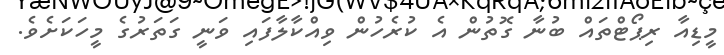
މީޑިއާ ރިޕޯޓްތައް ބުނާ ގޮތުން އެ ކުރެހުން ވިއްކާލާފައި ވަނީ ގަތަރުގެ މީހަކަށެވެ.